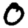
Digit: 0